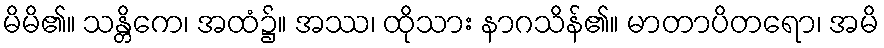
မိမိ၏။ သန္တိကေ၊ အထံ၌။ အဿ၊ ထိုသား နာဂသိန်၏။ မာတာပိတရော၊ အမိ